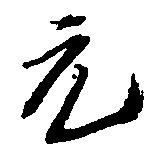
元